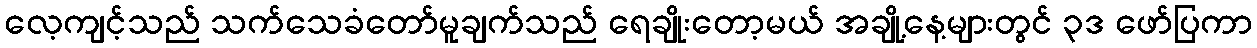
လေ့ကျင့်သည် သက်သေခံတော်မူချက်သည် ရေချိုးတော့မယ် အချို့နေ့များတွင် ၃ဒ ဖော်ပြကာ